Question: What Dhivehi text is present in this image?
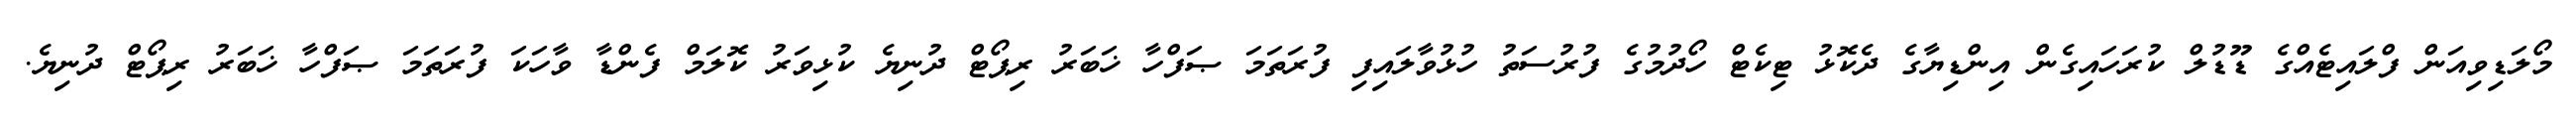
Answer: މޯލަޑިވިއަން ފްލައިޓެއްގެ ޑޫޑުލް ކުރަހައިގެން އިންޑިޔާގެ ދެކޮޅު ޓިކެޓް ހޯދުމުގެ ފުރުސަތު ހުޅުވާލައިފި ފުރަތަމަ ޞަފްހާ ޚަބަރު ރިޕޯޓް ދުނިޔެ ކުޅިވަރު ކޮލަމް ފެންޑާ ވާހަކަ ފުރަތަމަ ޞަފްހާ ޚަބަރު ރިޕޯޓް ދުނިޔެ.